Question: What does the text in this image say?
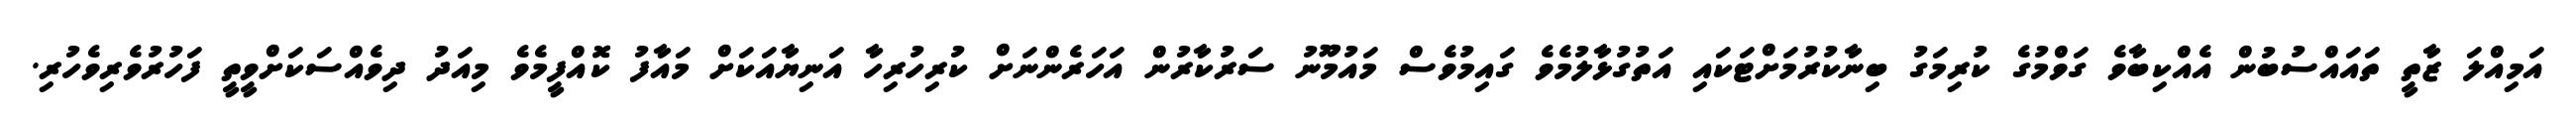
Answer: އަމިއްލަ ޒާތީ ތައައްސުބުން އެއްކިބާވެ ގަވްމުގެ ކުރިމަގު ބިނާކުރުމަށްޓަކައި އަތުގުޅާލުމެވެ ގައިމުވެސް މައުމޫނު ސަރުކާރުން އަހަރެންނަށް ކުރިހުރިހާ އަނިޔާއަކަށް މައާފު ކޮއްފީމެވެ މިއަދު ދިވެއްސަކަށްވީތީ ފަހުރުވެރިވެހުރި.